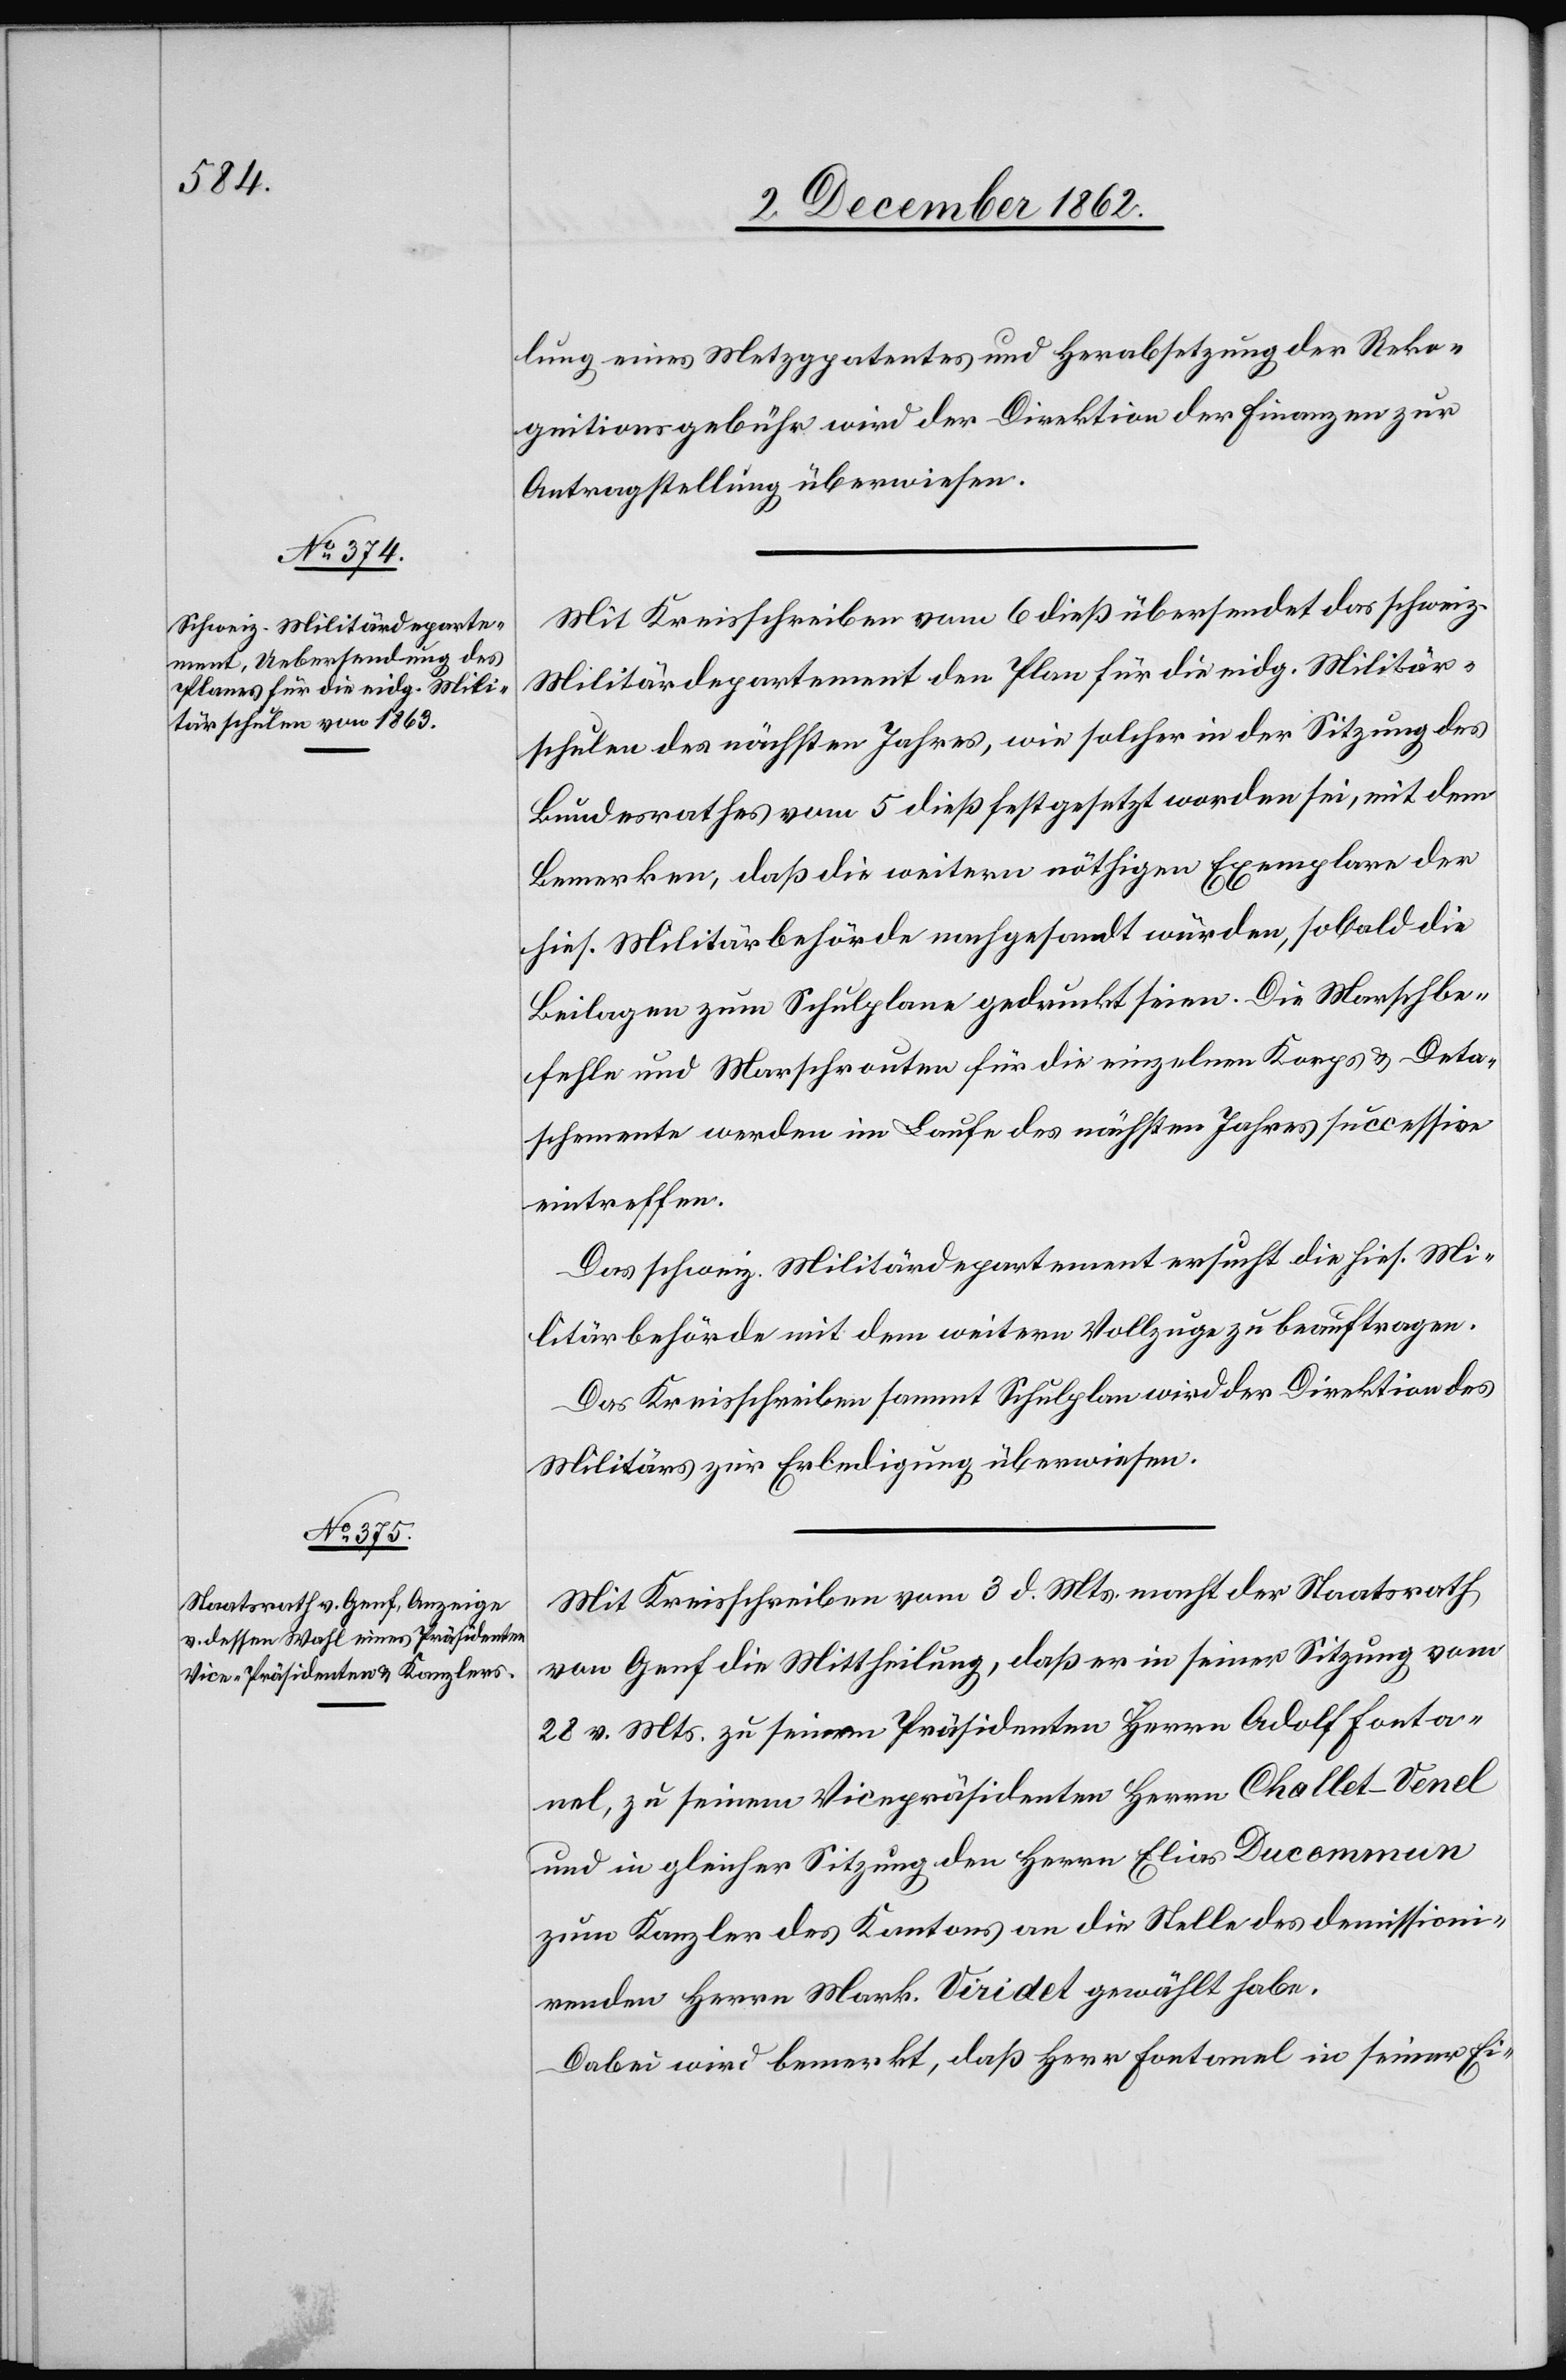
8. December 1862.]
lung eines Metzgpatentes und Herabsetzung der Reko¬
gnitionsgebühr wird der Direktion der Finanzen zur
Antragstellung überwiesen.
Mit Kreisschreiben vom 6. dieß übersendet das schweiz.
Militärdepartement den Plan für die eidg. Militär¬
schulen des nächsten Jahres, wie solcher in der Sitzung des
Bundesrathes vom 5. dieß festgesetzt worden sei, mit dem
Bemerken, daß die weitern nöthigen Exemplare der
hies. Militärbehörde nachgesandt würden, sobald die
Beilagen zum Schulplane gedruckt seien. Die Marschbe¬
fehle und Marschrouten für die einzelnen Korps u. Deta¬
schemente werden im Laufe des nächsten Jahres successiv
eintreffen.
Das schweiz. Militärdepartement ersucht die hies. Mi¬
litärbehörde mit dem weitern Vollzuge zu beauftragen.
Das Kreisschreiben sammt Schulplan wird der Direktion des
Militärs zur Erledigung überwiesen.
Mit Kreisschreiben vom 3. d. Mts. macht der Staatsrath
von Genf die Mittheilung, daß er in seiner Sitzung vom
28. v. Mts. zu seinem Präsidenten Herrn Adolf Fonta¬
nel, zu seinem Vicepräsidenten Herrn Challet-Venel
und in gleicher Sitzung den Herrn Elias Ducommun
zum Kanzler des Kantons an die Stelle des demissioni¬
renden Herrn Mark. Viridet gewählt habe.
Dabei wird bemerkt, daß Herr Fontanel in seiner Ei-